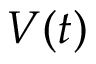
V ( t )